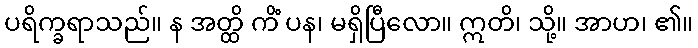
ပရိက္ခရာသည်။ န အတ္ထိ ကိံ ပန၊ မရှိပြီလော။ ဣတိ၊ သို့။ အာဟ၊ ၏။